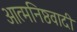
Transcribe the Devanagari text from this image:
आत्मनिष्ठवादी